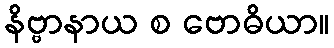
နိဗ္ဗာနာယ စ ဗောဓိယာ။